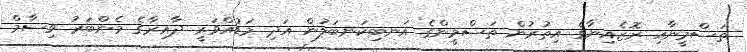
ތަސްމީނާއި ރޮޒެއިނާގެ އިތުރުން ތަސްމީންގެ އަނބިކަނބަލުން އަދި މަޑުއްވަރީ ދާއިރާގެ މެންބަރު ވިސާމް